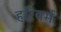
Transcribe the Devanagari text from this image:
हरिवर्म